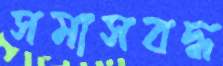
সমাসবদ্ধ